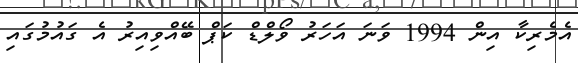
އެމެރިކާ އިން 1994 ވަނަ އަހަރު ވޯލްޑް ކަޕް ބޭއްވިއިރު އެ ގައުމުގައި